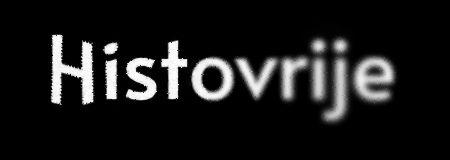
Histovrije